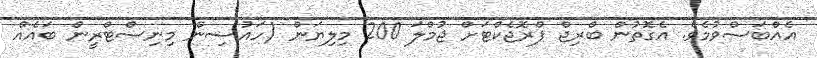
އެއްބަސްވުމެވެ. އެގޮތުން ބްރިޖް ޕްރޮޖެކްޓަށް ޖުމްލަ 200 މިލިޔަން (ހައުސިން މިނިސްޓްރީން ބައެއް